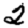
Digit: 2